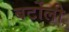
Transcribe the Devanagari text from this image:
बर्टोली